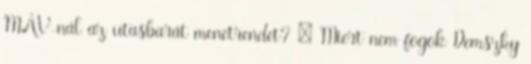
MÁV-nál az utasbarát menetrendet? » Miért nem fogok Demszky